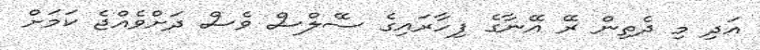
އަދި މި ދެތިން ރޭ އޭނާގެ ފިހާރައިގެ ސޭލްސް ވެސް ދަށްވެއްޖެ ކަމަށް